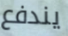
يندفع